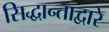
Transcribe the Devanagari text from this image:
सिद्धान्ताद्वारे